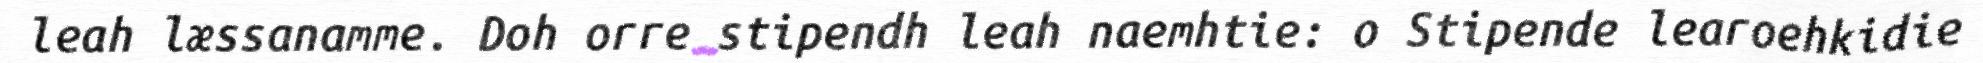
leah læssanamme. Doh orre stipendh leah naemhtie: o Stipende learoehkidie